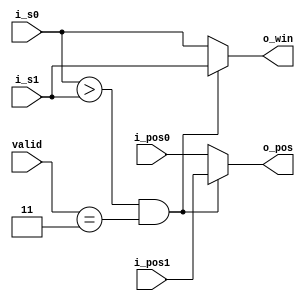
module comparator(
	i_s0,
	i_pos0,
	i_s1,
	i_pos1,
	o_win,
	o_pos,
	valid
);
//inout

input[25:0] i_s0;
input[15:0] i_pos0;
input[25:0] i_s1;
input[15:0] i_pos1;

output[25:0] o_win;
output[15:0] o_pos;
input[1:0] valid;
//reg
reg[25:0] win;
reg[15:0] pos;
//lvalue
assign o_win = win;
assign o_pos = pos;
//comb
always@(*) begin
	win = i_s0 > i_s1 && valid == 3 ? i_s1 : i_s0;
	pos = i_s0 > i_s1 && valid == 3 ? i_pos1 : i_pos0;
end
//seq

endmodule